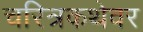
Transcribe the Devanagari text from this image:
चरित्रकथेवर